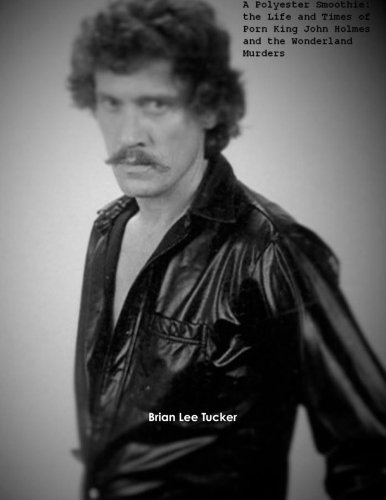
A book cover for A Polyester Smoothie: The Life and Times of Porn King John Holmes and the Wonderland Murders; Brian Lee Tucker; Biographies & Memoirs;